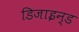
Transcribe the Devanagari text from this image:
डिजाइन्ड